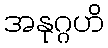
အနုဂ္ဂဟိ